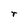
Character: r